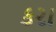
કરા